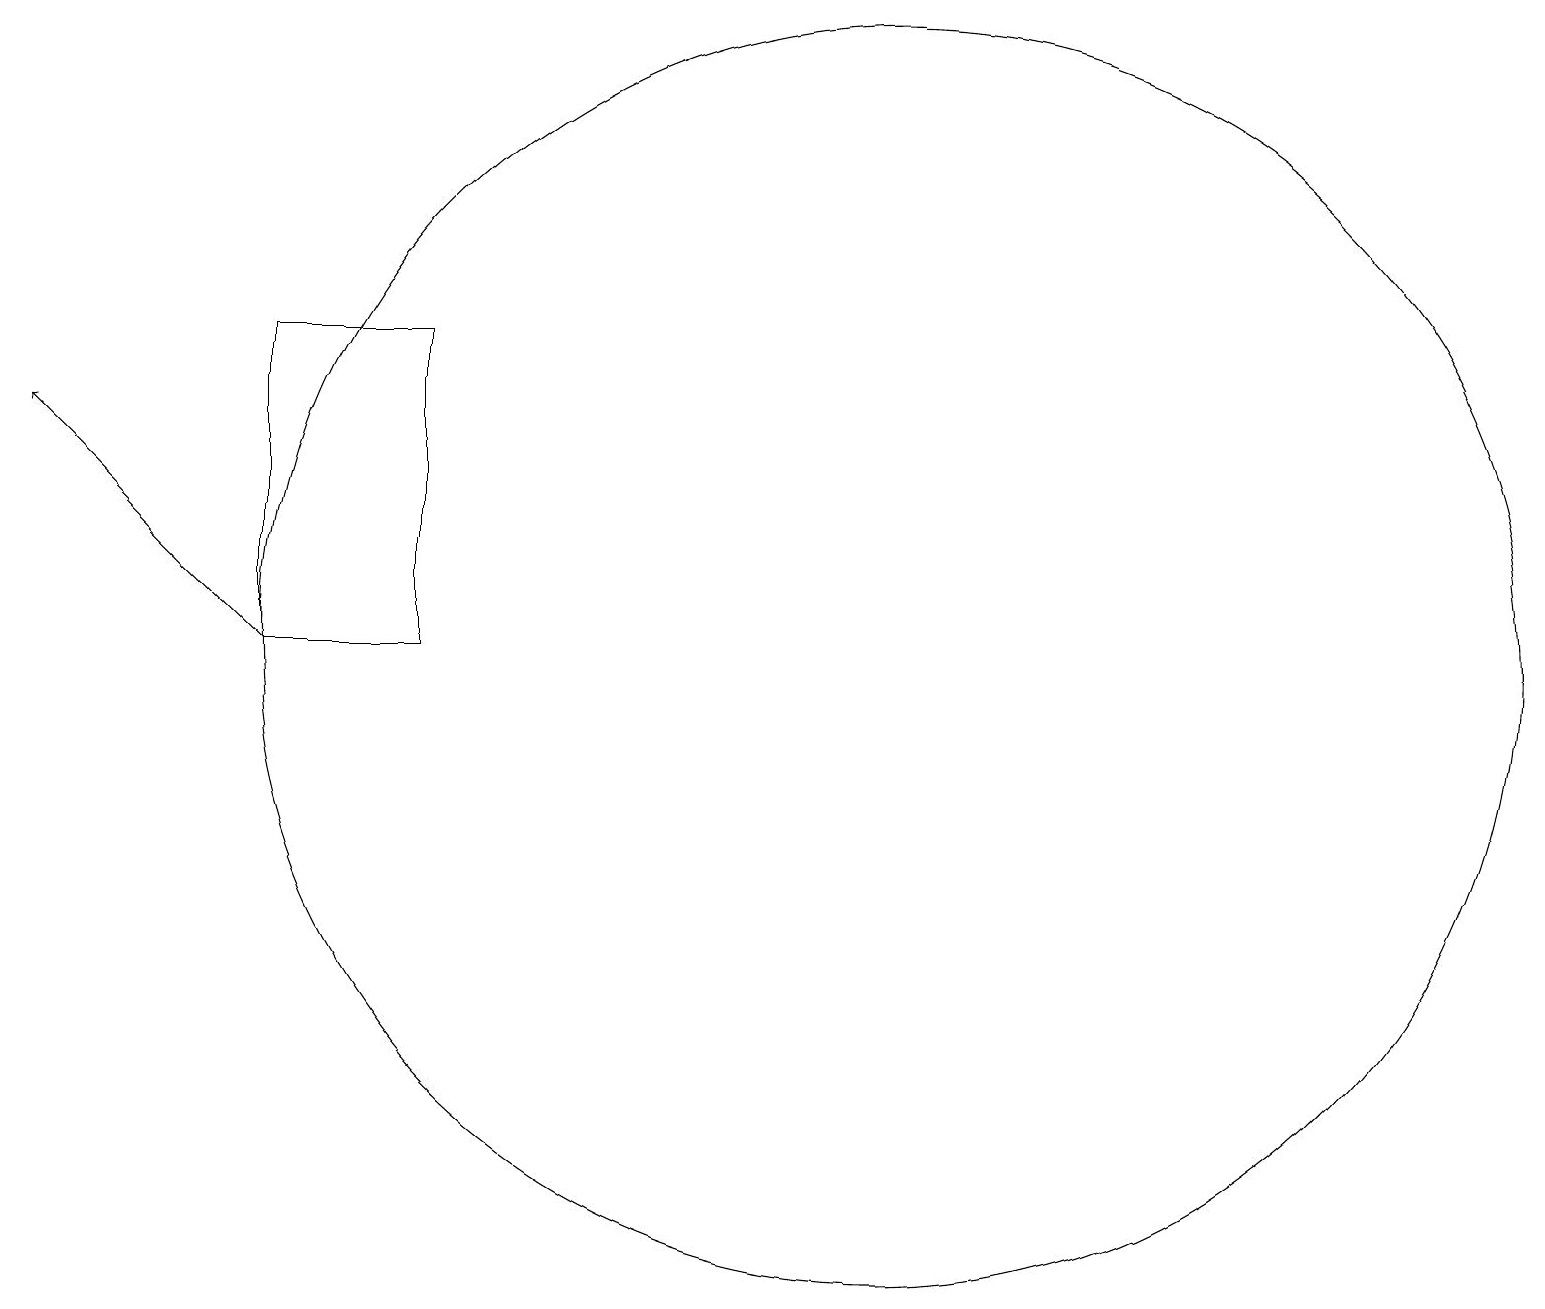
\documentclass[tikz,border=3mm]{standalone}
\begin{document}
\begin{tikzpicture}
\draw[->] (3,12) -- (0,15);
\draw (3,16) rectangle (5,12);
\draw (11,12) circle (8);
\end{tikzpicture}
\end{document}